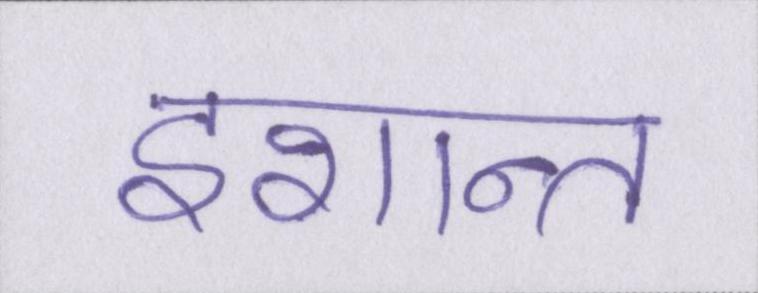
इशान्त